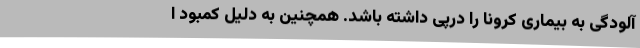
آلودگی به بیماری کرونا را درپی داشته باشد. همچنین به دلیل کمبود ا